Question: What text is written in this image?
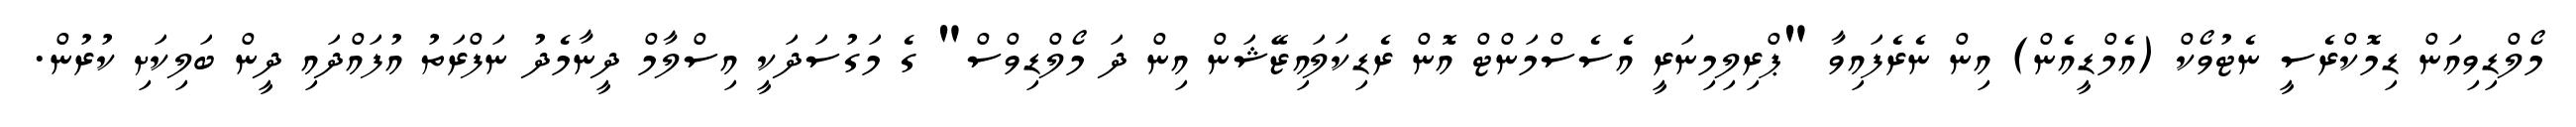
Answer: މޯލްޑިވިއަން ޑިމޮކްރެސީ ނެޓުވޯކް (އެމްޑީއެން) އިން ނެރެފައިވާ "ޕްރިލިމިނަރީ އެސެސްމަންޓް އޮން ރެޑިކަލައިޒޭޝަން އިން ދަ މޯލްޑިވްސް" ގެ މަގުސަދަކީ އިސްލާމް ދީނާމެދު ނަފްރަތު އުފައްދައި ދީން ބަލިކަށި ކުރުން.